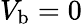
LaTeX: {V}_{\mathrm{b}}=0